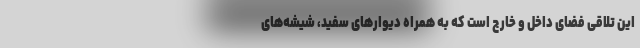
این تلاقی فضای داخل و خارج است که به همراه دیوارهای سفید، شیشه‌های